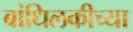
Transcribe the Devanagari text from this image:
बांधिलकीच्या